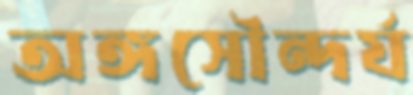
অঙ্গসৌন্দর্য